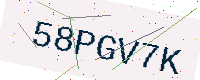
Text: 58PGV7K